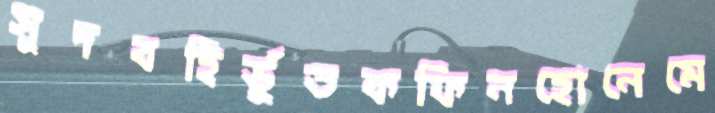
সুদবহির্ভূতকফিনহোনেমে